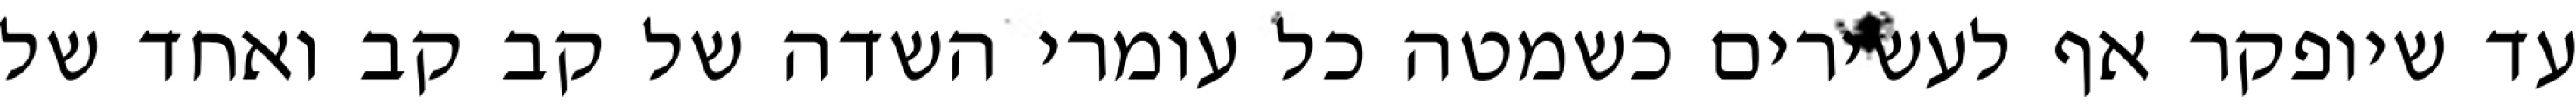
עד שיופקר אף לעשירים כשמטה כל עומרי השדה של קב קב ואחד של